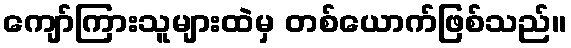
ကျော်ကြားသူများထဲမှ တစ်ယောက်ဖြစ်သည်။